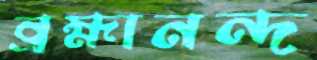
ব্রহ্মানন্দ